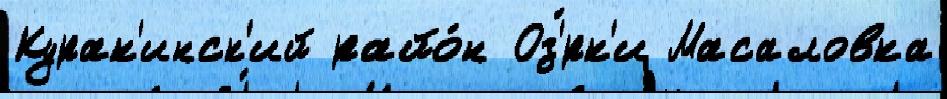
Курак'инск'ий райо́н Оз'́рк'и Масаловка